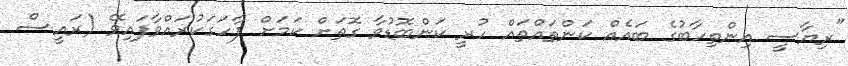
"ރިޔާސީ އިންތިހާބުގެ ބައެއް ކަންތައްތައް ހުރީ ކަންބޮޑުވާ ގޮތަށް ކަމަށް ފާހަގަކުރައްވާފައިވޭ (ރައީސް